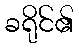
ခရိုင်၏